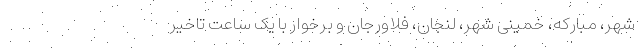
شهر، مبارکه، خمینی شهر، لنجان، فلاورجان و برخوار با یک ساعت تاخیر